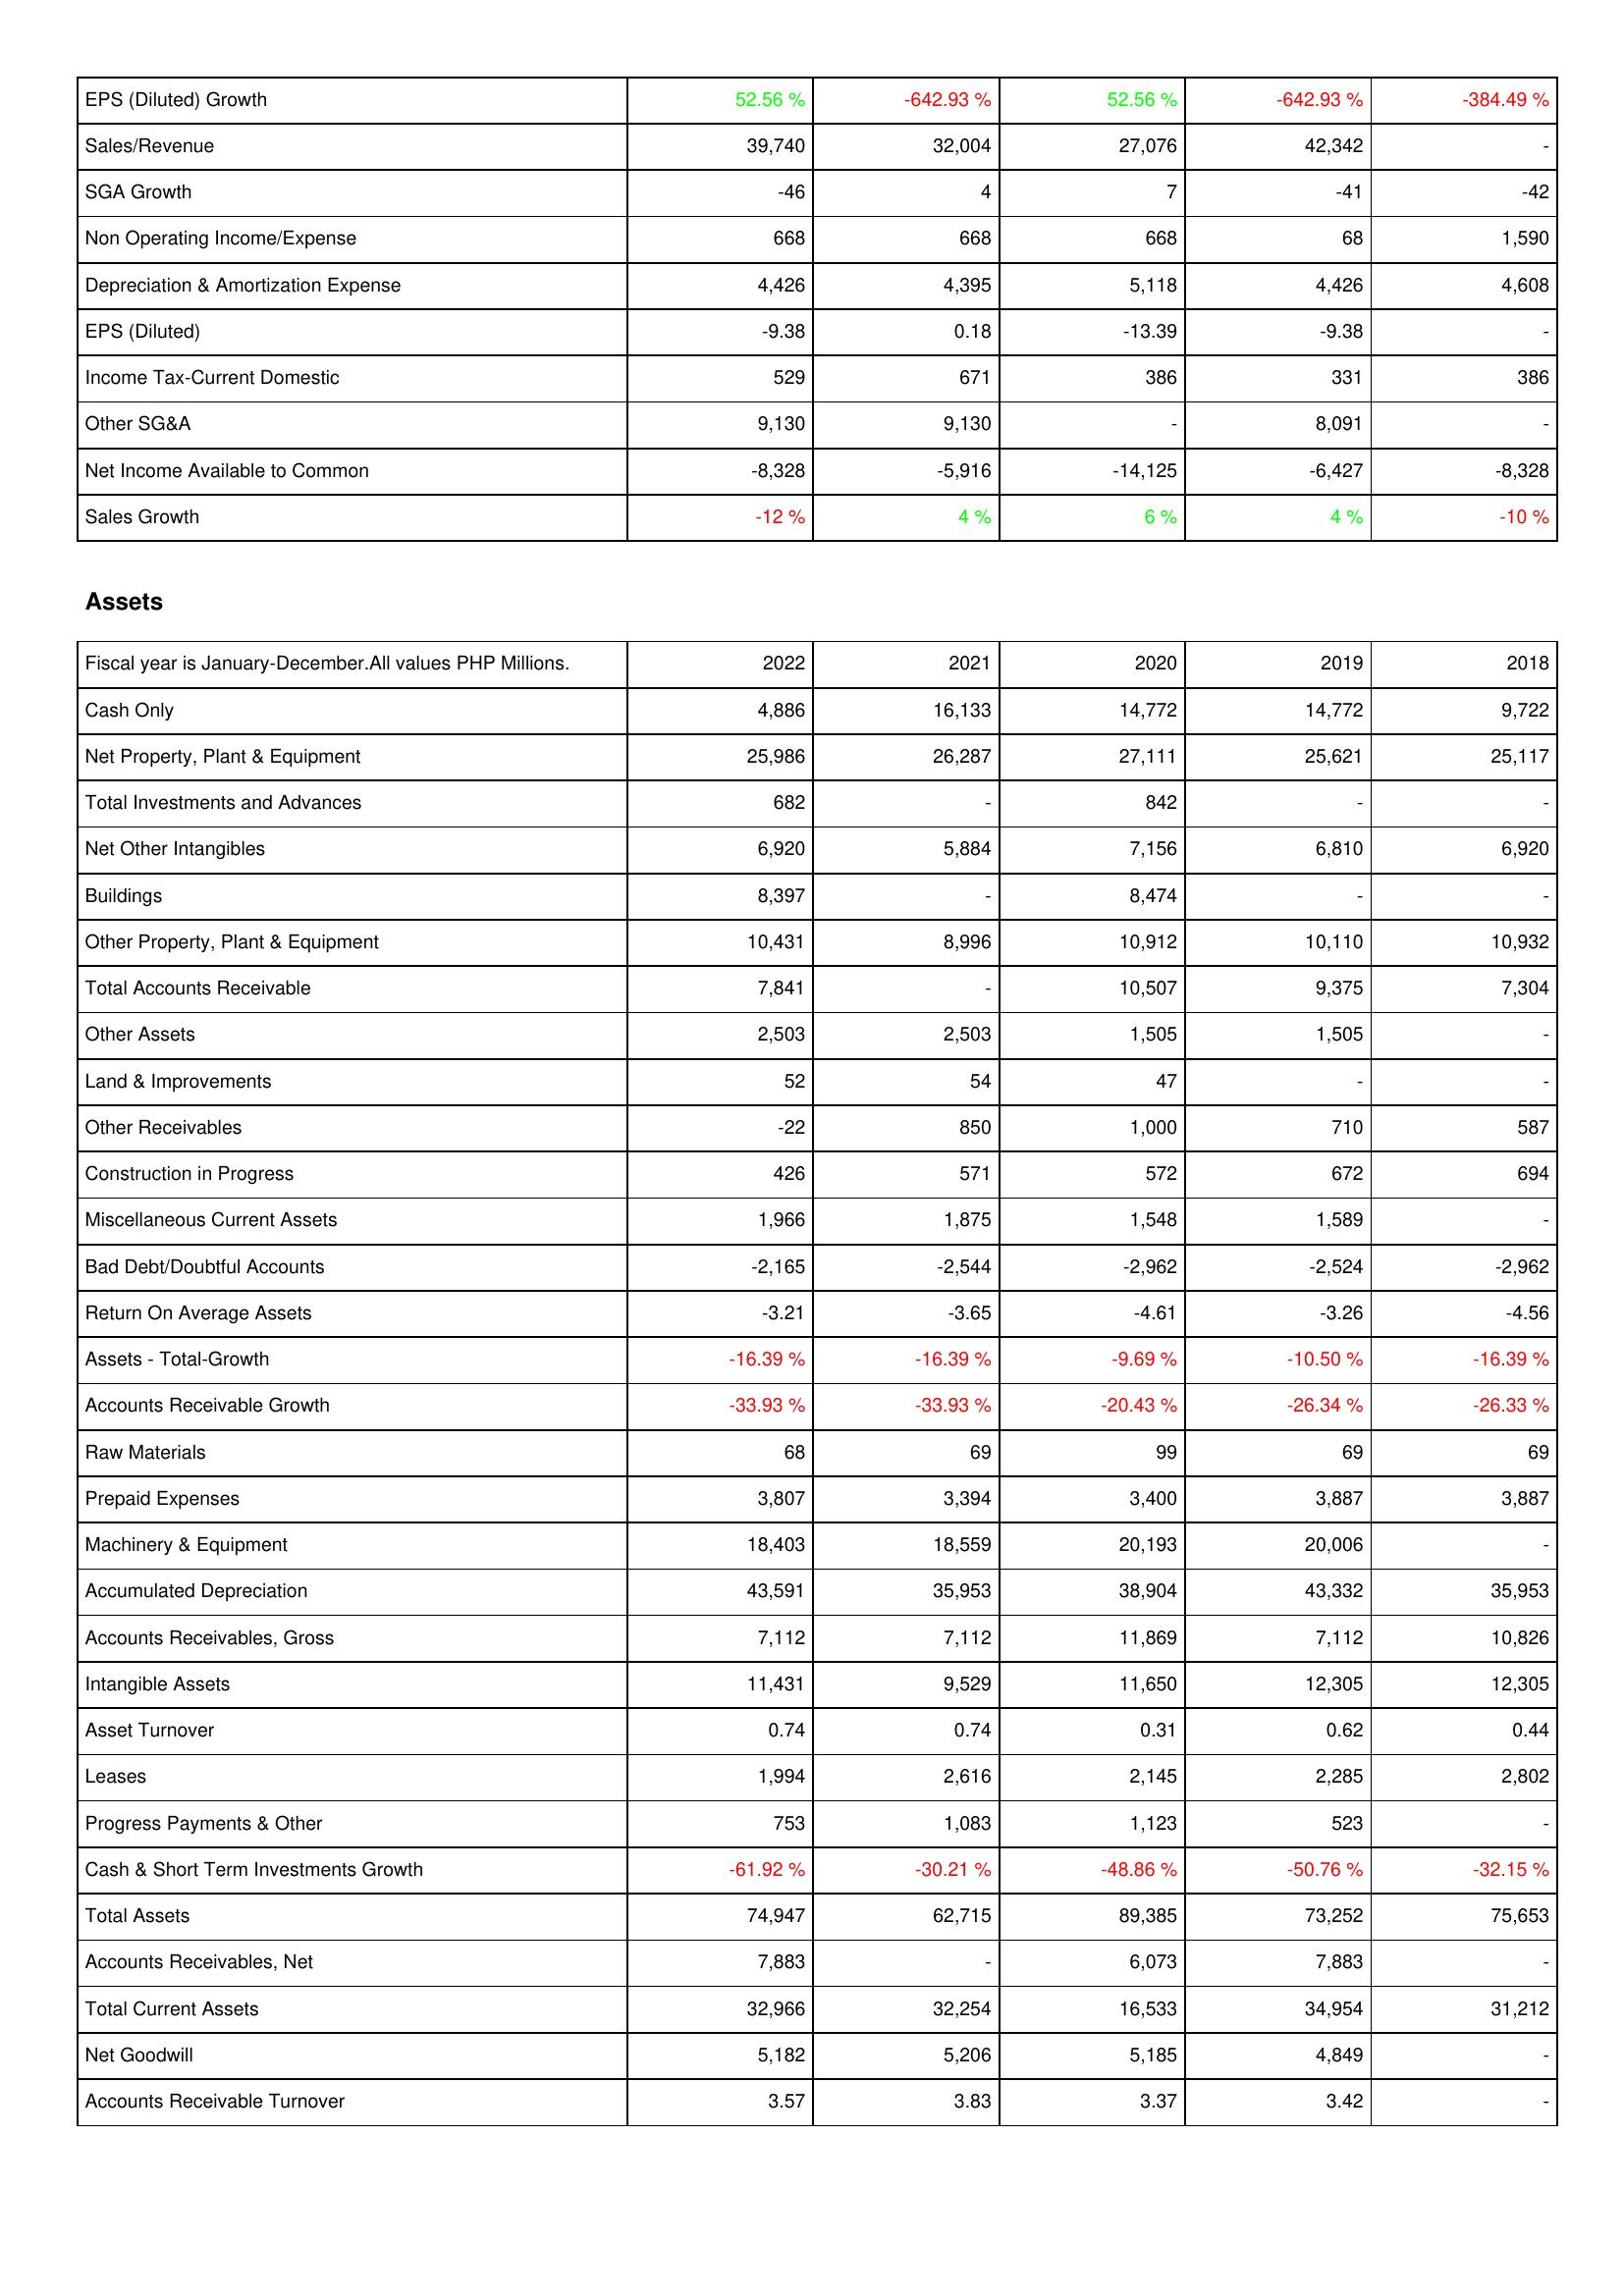
2022: Income Statement: EPS (Diluted) Growth: 52.56 %
Sales/Revenue: 39,740
SGA Growth: -46
Non Operating Income/Expense: 668
Depreciation & Amortization Expense: 4,426
EPS (Diluted): -9.38
Income Tax-Current Domestic: 529
Other SG&A: 9,130
Net Income Available to Common: -8,328
Sales Growth: -12 %
Assets: Cash Only: 4,886
Net Property, Plant & Equipment: 25,986
Total Investments and Advances: 682
Net Other Intangibles: 6,920
Buildings: 8,397
Other Property, Plant & Equipment: 10,431
Total Accounts Receivable: 7,841
Other Assets: 2,503
Land & Improvements: 52
Other Receivables: -22
Construction in Progress: 426
Miscellaneous Current Assets: 1,966
Bad Debt/Doubtful Accounts: -2,165
Return On Average Assets: -3.21
Assets - Total-Growth: -16.39 %
Accounts Receivable Growth: -33.93 %
Raw Materials: 68
Prepaid Expenses: 3,807
Machinery & Equipment: 18,403
Accumulated Depreciation: 43,591
Accounts Receivables, Gross: 7,112
Intangible Assets: 11,431
Asset Turnover: 0.74
Leases: 1,994
Progress Payments & Other: 753
Cash & Short Term Investments Growth: -61.92 %
Total Assets: 74,947
Accounts Receivables, Net: 7,883
Total Current Assets: 32,966
Net Goodwill: 5,182
Accounts Receivable Turnover: 3.57
2021: Income Statement: EPS (Diluted) Growth: -642.93 %
Sales/Revenue: 32,004
SGA Growth: 4
Non Operating Income/Expense: 668
Depreciation & Amortization Expense: 4,395
EPS (Diluted): 0.18
Income Tax-Current Domestic: 671
Other SG&A: 9,130
Net Income Available to Common: -5,916
Sales Growth: 4 %
Assets: Cash Only: 16,133
Net Property, Plant & Equipment: 26,287
Total Investments and Advances: -
Net Other Intangibles: 5,884
Buildings: -
Other Property, Plant & Equipment: 8,996
Total Accounts Receivable: -
Other Assets: 2,503
Land & Improvements: 54
Other Receivables: 850
Construction in Progress: 571
Miscellaneous Current Assets: 1,875
Bad Debt/Doubtful Accounts: -2,544
Return On Average Assets: -3.65
Assets - Total-Growth: -16.39 %
Accounts Receivable Growth: -33.93 %
Raw Materials: 69
Prepaid Expenses: 3,394
Machinery & Equipment: 18,559
Accumulated Depreciation: 35,953
Accounts Receivables, Gross: 7,112
Intangible Assets: 9,529
Asset Turnover: 0.74
Leases: 2,616
Progress Payments & Other: 1,083
Cash & Short Term Investments Growth: -30.21 %
Total Assets: 62,715
Accounts Receivables, Net: -
Total Current Assets: 32,254
Net Goodwill: 5,206
Accounts Receivable Turnover: 3.83
2020: Income Statement: EPS (Diluted) Growth: 52.56 %
Sales/Revenue: 27,076
SGA Growth: 7
Non Operating Income/Expense: 668
Depreciation & Amortization Expense: 5,118
EPS (Diluted): -13.39
Income Tax-Current Domestic: 386
Other SG&A: -
Net Income Available to Common: -14,125
Sales Growth: 6 %
Assets: Cash Only: 14,772
Net Property, Plant & Equipment: 27,111
Total Investments and Advances: 842
Net Other Intangibles: 7,156
Buildings: 8,474
Other Property, Plant & Equipment: 10,912
Total Accounts Receivable: 10,507
Other Assets: 1,505
Land & Improvements: 47
Other Receivables: 1,000
Construction in Progress: 572
Miscellaneous Current Assets: 1,548
Bad Debt/Doubtful Accounts: -2,962
Return On Average Assets: -4.61
Assets - Total-Growth: -9.69 %
Accounts Receivable Growth: -20.43 %
Raw Materials: 99
Prepaid Expenses: 3,400
Machinery & Equipment: 20,193
Accumulated Depreciation: 38,904
Accounts Receivables, Gross: 11,869
Intangible Assets: 11,650
Asset Turnover: 0.31
Leases: 2,145
Progress Payments & Other: 1,123
Cash & Short Term Investments Growth: -48.86 %
Total Assets: 89,385
Accounts Receivables, Net: 6,073
Total Current Assets: 16,533
Net Goodwill: 5,185
Accounts Receivable Turnover: 3.37
2019: Income Statement: EPS (Diluted) Growth: -642.93 %
Sales/Revenue: 42,342
SGA Growth: -41
Non Operating Income/Expense: 68
Depreciation & Amortization Expense: 4,426
EPS (Diluted): -9.38
Income Tax-Current Domestic: 331
Other SG&A: 8,091
Net Income Available to Common: -6,427
Sales Growth: 4 %
Assets: Cash Only: 14,772
Net Property, Plant & Equipment: 25,621
Total Investments and Advances: -
Net Other Intangibles: 6,810
Buildings: -
Other Property, Plant & Equipment: 10,110
Total Accounts Receivable: 9,375
Other Assets: 1,505
Land & Improvements: -
Other Receivables: 710
Construction in Progress: 672
Miscellaneous Current Assets: 1,589
Bad Debt/Doubtful Accounts: -2,524
Return On Average Assets: -3.26
Assets - Total-Growth: -10.50 %
Accounts Receivable Growth: -26.34 %
Raw Materials: 69
Prepaid Expenses: 3,887
Machinery & Equipment: 20,006
Accumulated Depreciation: 43,332
Accounts Receivables, Gross: 7,112
Intangible Assets: 12,305
Asset Turnover: 0.62
Leases: 2,285
Progress Payments & Other: 523
Cash & Short Term Investments Growth: -50.76 %
Total Assets: 73,252
Accounts Receivables, Net: 7,883
Total Current Assets: 34,954
Net Goodwill: 4,849
Accounts Receivable Turnover: 3.42
2018: Income Statement: EPS (Diluted) Growth: -384.49 %
Sales/Revenue: -
SGA Growth: -42
Non Operating Income/Expense: 1,590
Depreciation & Amortization Expense: 4,608
EPS (Diluted): -
Income Tax-Current Domestic: 386
Other SG&A: -
Net Income Available to Common: -8,328
Sales Growth: -10 %
Assets: Cash Only: 9,722
Net Property, Plant & Equipment: 25,117
Total Investments and Advances: -
Net Other Intangibles: 6,920
Buildings: -
Other Property, Plant & Equipment: 10,932
Total Accounts Receivable: 7,304
Other Assets: -
Land & Improvements: -
Other Receivables: 587
Construction in Progress: 694
Miscellaneous Current Assets: -
Bad Debt/Doubtful Accounts: -2,962
Return On Average Assets: -4.56
Assets - Total-Growth: -16.39 %
Accounts Receivable Growth: -26.33 %
Raw Materials: 69
Prepaid Expenses: 3,887
Machinery & Equipment: -
Accumulated Depreciation: 35,953
Accounts Receivables, Gross: 10,826
Intangible Assets: 12,305
Asset Turnover: 0.44
Leases: 2,802
Progress Payments & Other: -
Cash & Short Term Investments Growth: -32.15 %
Total Assets: 75,653
Accounts Receivables, Net: -
Total Current Assets: 31,212
Net Goodwill: -
Accounts Receivable Turnover: -